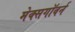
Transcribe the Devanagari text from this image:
मेक्सगॉवर्न